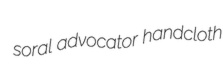
soral advocator handcloth